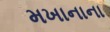
મખાનાના